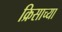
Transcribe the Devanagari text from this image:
क्रिसाच्या